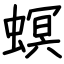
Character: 螟